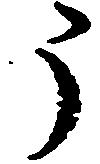
う